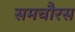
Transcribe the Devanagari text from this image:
समचौरस